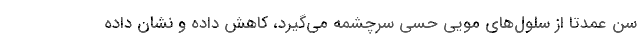
سن عمدتا از سلول‌های مویی حسی سرچشمه می‌گیرد، کاهش داده و نشان داده